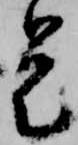
是